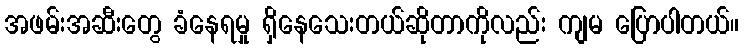
အဖမ်းအဆီးတွေ ခံနေရမှု ရှိနေသေးတယ်ဆိုတာကိုလည်း ကျမ ပြောပါတယ်။